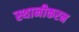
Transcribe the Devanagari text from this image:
स्थानीकरन